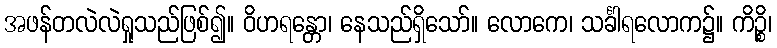
အဖန်တလဲလဲရှုသည်ဖြစ်၍။ ဝိဟရန္တော၊ နေသည်ရှိသော်။ လောကေ၊ သင်္ခါရလောက၌။ ကိဉ္စိ၊